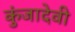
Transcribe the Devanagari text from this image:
कुंजादेवी